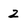
Character: 2